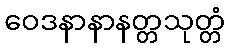
ဝေဒနာနာနတ္တသုတ္တံ